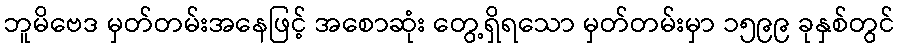
ဘူမိဗေဒ မှတ်တမ်းအနေဖြင့် အစောဆုံး တွေ့ရှိရသော မှတ်တမ်းမှာ ၁၅၉၉ ခုနှစ်တွင်